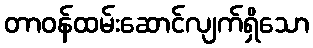
တာဝန်ထမ်းဆောင်လျက်ရှိသော